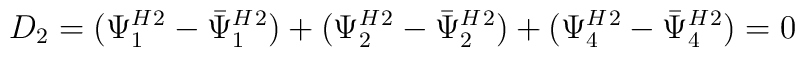
D_2=({\Psi^H_1}{}^2 - {\bar{\Psi}^H_1}{}^2) +({\Psi^H_2}{}^2 - {\bar{\Psi}^H_2}{}^2)+({\Psi^H_4}{}^2 - {\bar{\Psi}^H_4}{}^2)=0